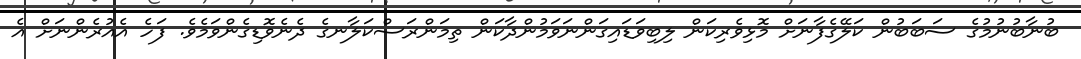
ބުނާބުނުމުގެ ސަބަބުން ކަލޭގެފާނަށް މޮޅިވެރިކަން ލިބިވަޑައިގަންނަވަމުންދާކަން ތިމަންރަސްކަލާނގެ ދެނެވޮޑިގެންވަމެވެ. ފަހެ އެއުރެންނަށް އެ